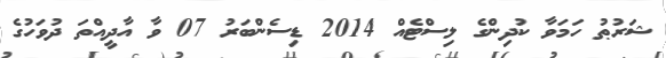
ޝަރުޠު ހަމަވާ ކުދިންގެ ލިސްޓެއް 2014 ޑިސެންބަރު 07 ވާ އާދީއްތަ ދުވަހުގެ